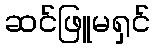
ဆင်ဖြူမရှင်